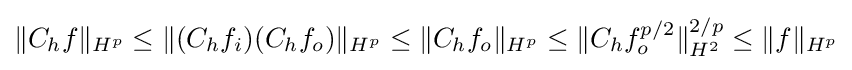
\|C_{h}f\|_{H^{p}}\leq \|(C_{h}f_{i})(C_{h}f_{o})\|_{H^{p}}\leq \|C_{h}f_{o}\|_{H^{p}}\leq \|C_{h}f_{o}^{p/2}\|_{H^{2}}^{2/p}\leq \|f\|_{H^{p}}